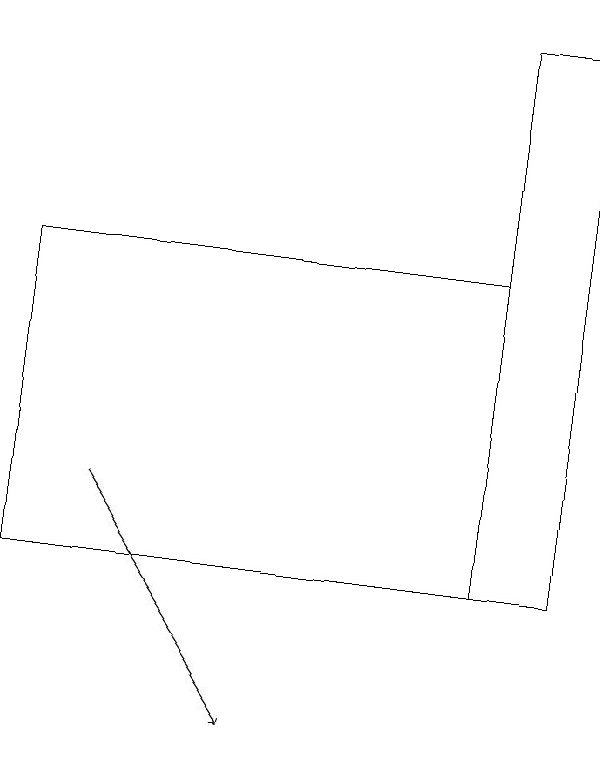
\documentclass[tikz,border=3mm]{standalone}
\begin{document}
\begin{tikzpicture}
\draw[->] (1,13) -- (3,10);
\draw (6,12) rectangle (0,16);
\draw (6,12) rectangle (7,19);
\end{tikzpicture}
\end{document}